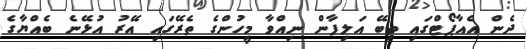
ދެން އެއާޕޯޓްގައި ތިބޭ އަލިފާން ނިއްވާ މީހުންގެ ތެރޭގައި އޭރު އުޅޭނެ ބެއްޔާގެ